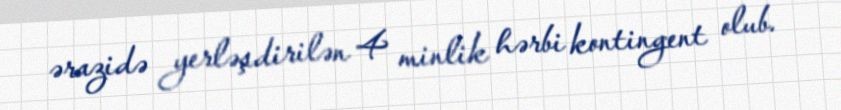
ərazidə yerləşdirilən 4 minlik hərbi kontingent olub.